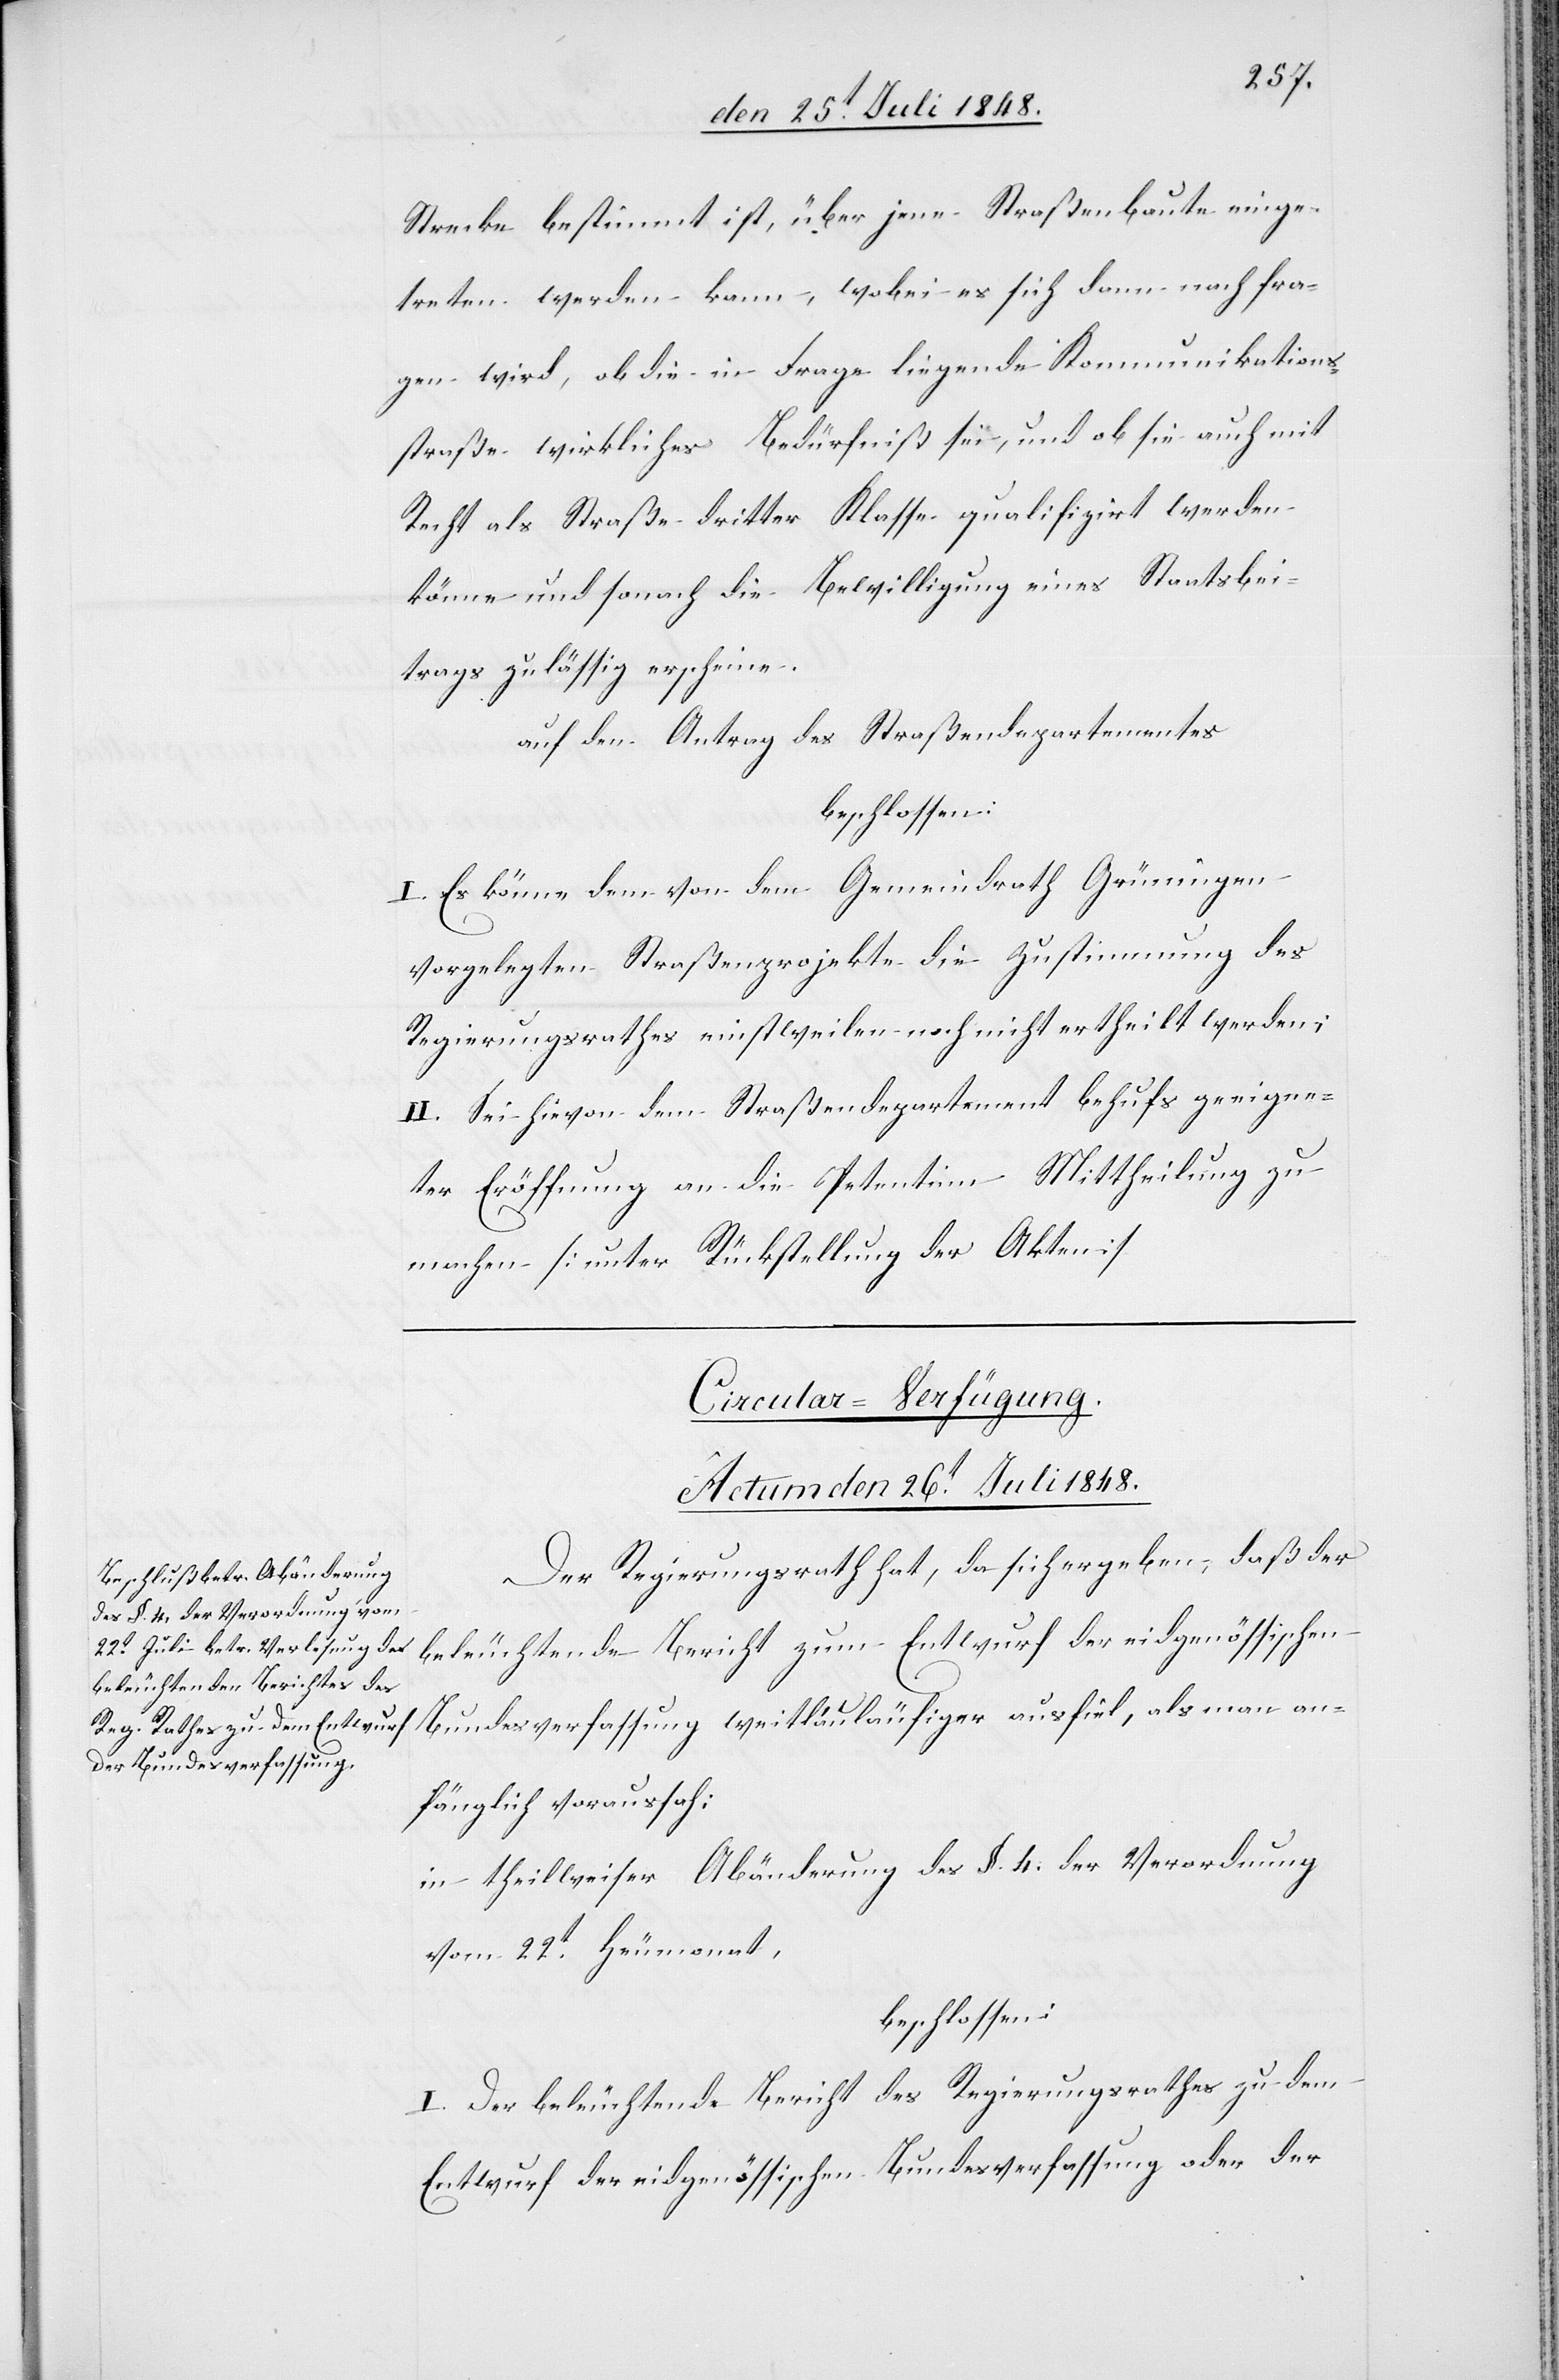
Strecke bestimmt ist, über jene Straßenbaute einge¬
treten werden kann, wobei es sich dann noch fra¬
gen wird, ob die in Frage liegende Kommunikations¬
straße wirkliches Bedürfniß sei, und ob sie auch mit
Recht als Straße dritter Klasse qualifizirt werden
könne und sonach die Bewilligung eines Staatsbei¬
trags zulässig erscheine.
auf den Antrag des Straßendepartementes
beschlossen:
I. Es könne dem von dem Gemeindrath Grüningen
vorgelegten Straßenprojekte die Zustimmung des
Regierungsrathes einstweilen noch nicht ertheilt werden;
II. Sei hievon dem Straßendepartement behufs geeigne¬
ter Eröffnung an die Petentinn Mittheilung zu
machen. [unter Rückstellung der Akten]
Circular-Verfügung.
Actum den 26.t Juli 1848.
Der Regierungsrath hat, da sich ergeben, daß der
beleuchtende Bericht zum Entwurf der eidgenössischen
Bundesverfassung weitläuläufiger [sic!] ausfiel, als man an¬
fänglich voraussah:
in theilweiser Abänderung des §. 4. der Verordnung
vom 22t Heumonat,
beschlossen:
I. Der beleuchtende Bericht des Regierungsrathes zu dem
Entwurf der eidgenössischen Bundesverfassung oder der